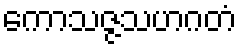
ကောသဇ္ဇသဟဂတံ